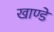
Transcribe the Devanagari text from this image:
खाण्डे